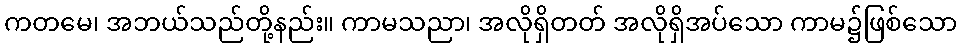
ကတမေ၊ အဘယ်သည်တို့နည်း။ ကာမသညာ၊ အလိုရှိတတ် အလိုရှိအပ်သော ကာမ၌ဖြစ်သော